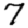
Digit: 7